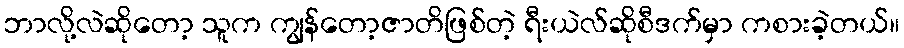
ဘာလို့လဲဆိုတော့ သူက ကျွန်တော့ဇာတိဖြစ်တဲ့ ရီးယဲလ်ဆိုစီဒက်မှာ ကစားခဲ့တယ်။